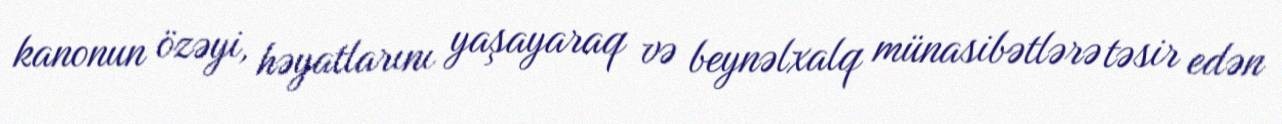
kanonun özəyi, həyatlarını yaşayaraq və beynəlxalq münasibətlərə təsir edən